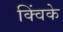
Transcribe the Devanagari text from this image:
क्विंके